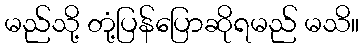
မည်သို့ တုံ့ပြန်ပြောဆိုရမည် မသိ။